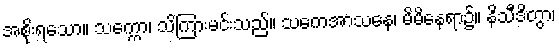
အစိုးရသော။ သက္ကော၊ သိကြားမင်းသည်။ သကေအာသနေ၊ မိမိနေရာ၌။ နိသီဒိတွာ၊